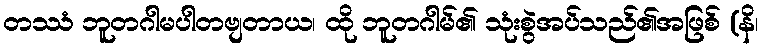
တဿံ ဘူတဂါမပါတဗျတာယ၊ ထို ဘူတဂါမ်၏ သုံးစွဲအပ်သည်၏အဖြစ် (နိ၊